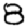
Digit: 8